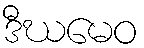
ဒီဃမေဝ